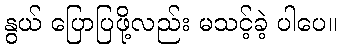
နွယ် ပြောပြဖို့လည်း မသင့်ခဲ့ ပါပေ။